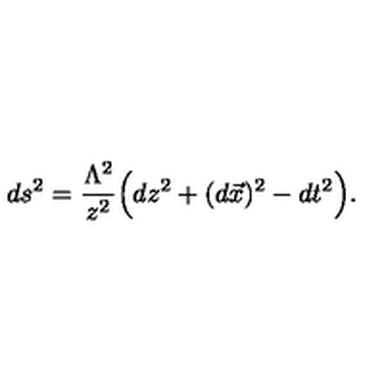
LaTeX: d s ^ { 2 } = \frac { \Lambda ^ { 2 } } { z ^ { 2 } } \Big ( d z ^ { 2 } + ( d \vec { x } ) ^ { 2 } - d t ^ { 2 } \Big ) .